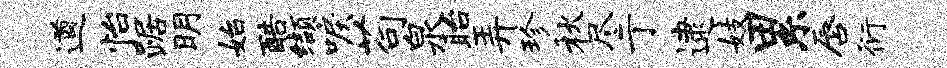
遒怡踞明始酷缬唳苟泉眙弄珍秋尽亍逮妓累唇衍